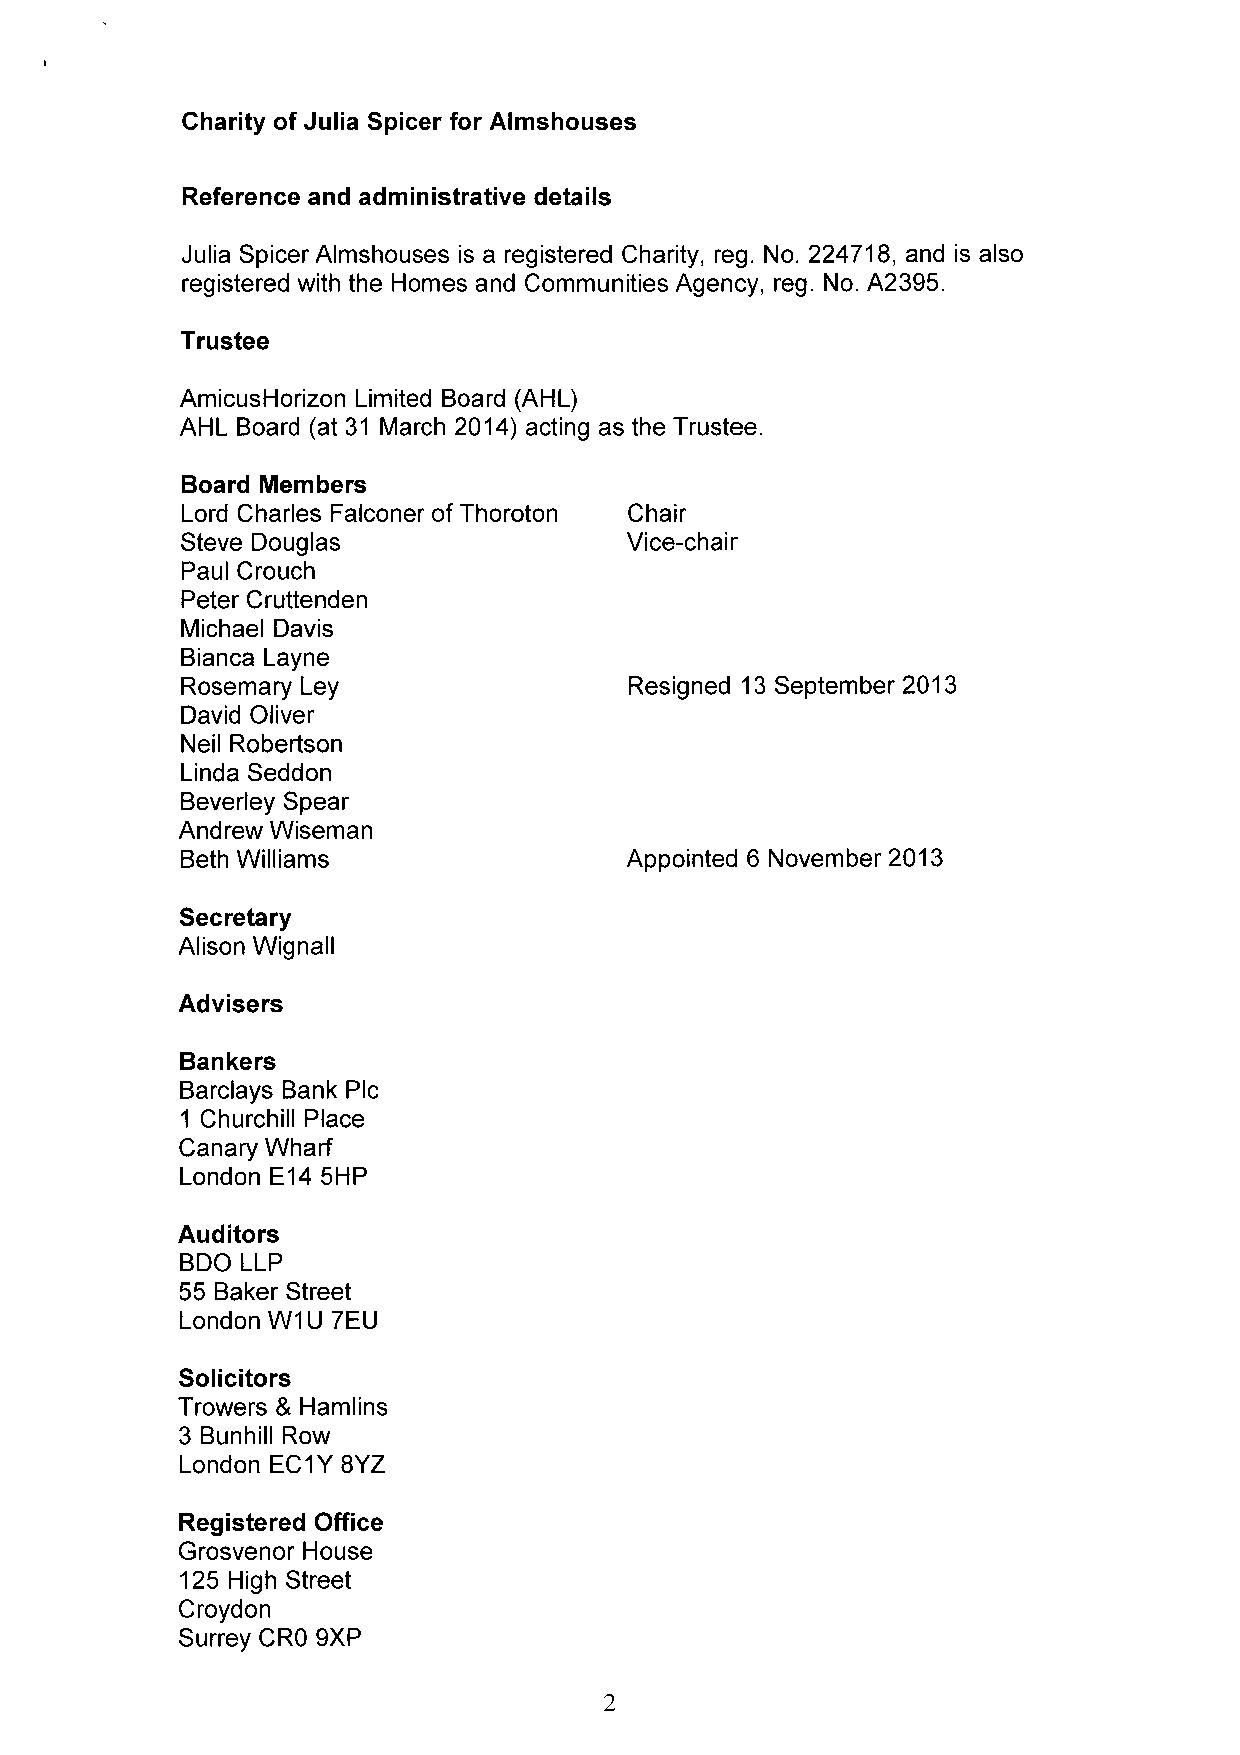
Charity of Julia Spicer for Almshouses
 Reference and administrative details
 Julia Spicer Almshouses is a registered Charity, reg. No. 224718, and is also
 registered with the Homes and Communities Agency, reg. No. A2395.
 Trustee
 AmicusHorizon Limited Board (AHL)
 AHL Board (at 31 March 2014) acting as the Trustee.
 Board Members
 Lord Charles Falconer of Thoroton Chair
 Steve Douglas                Vice-chair
 Paul Crouch
 Peter Cruttenden
 Michael Davis
 Bianca Layne
 Rosemary Ley                  Resigned 13September 2013
 David Oliver
 Neil Robertson
 Linda Seddon
 Beverley Spear
 Andrew Wiseman
 Beth Williams                Appointed 6 November 2013
 Secretary
 Alison Wignall
 Advisers
 Bankers
 Barclays Bank Plc
 1 Churchill Place
 Canary Wharf
 London E14 5HP
 Auditors
 BDO LLP
 55 Baker Street
 London W1U 7EU
 Solicitors
 Trowers & Hamlins
 3 Bunhill Row
 London EC1Y8YZ
 Registered Office
 Grosvenor House
 125 High Street
 Croydon
 Surrey CRO 9XP